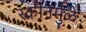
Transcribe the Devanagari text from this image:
स्क्रीनमुळे